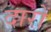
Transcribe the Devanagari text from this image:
दारों